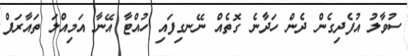
ސުވާލު އުފެދިގެން ދެން ހަދާނެ ގޮތެއް ނޭނގިފައި ހުއްޓާ އޭނާ އަމިއްލަ ތައާރަފް